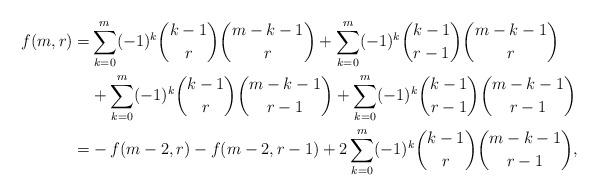
LaTeX: \begin{align*} f(m,r)=& \sum_{k=0}^m (-1)^k \binom{k-1}{r}\binom{m-k-1}{r}+\sum_{k=0}^m (-1)^k \binom{k-1}{r-1}\binom{m-k-1}{r}\\ &+ \sum_{k=0}^m (-1)^k \binom{k-1}{r}\binom{m-k-1}{r-1}+ \sum_{k=0}^m (-1)^k \binom{k-1}{r-1}\binom{m-k-1}{r-1}\\ =&-f(m-2,r)-f(m-2,r-1) +2\sum_{k=0}^m (-1)^k \binom{k-1}{r}\binom{m-k-1}{r-1},\end{align*}